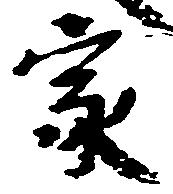
家